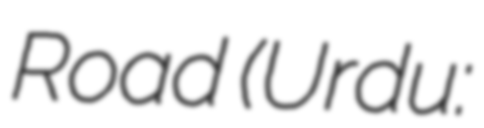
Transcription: Road (Urdu: